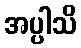
အပ္ပါသိ